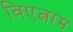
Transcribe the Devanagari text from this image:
विएत्नाम